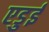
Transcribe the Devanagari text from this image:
एडुई